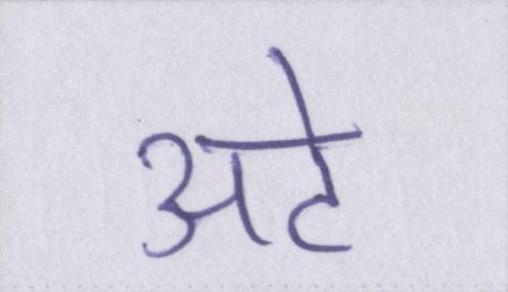
अटे